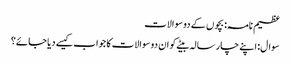
عظیم نامہ: بچوں کے دو سوالات
سوال: اپنے چار سالہ بیٹے کو ان دو سوالات کا جواب کیسے دیا جائے؟